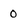
Character: 0